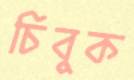
চিবুক